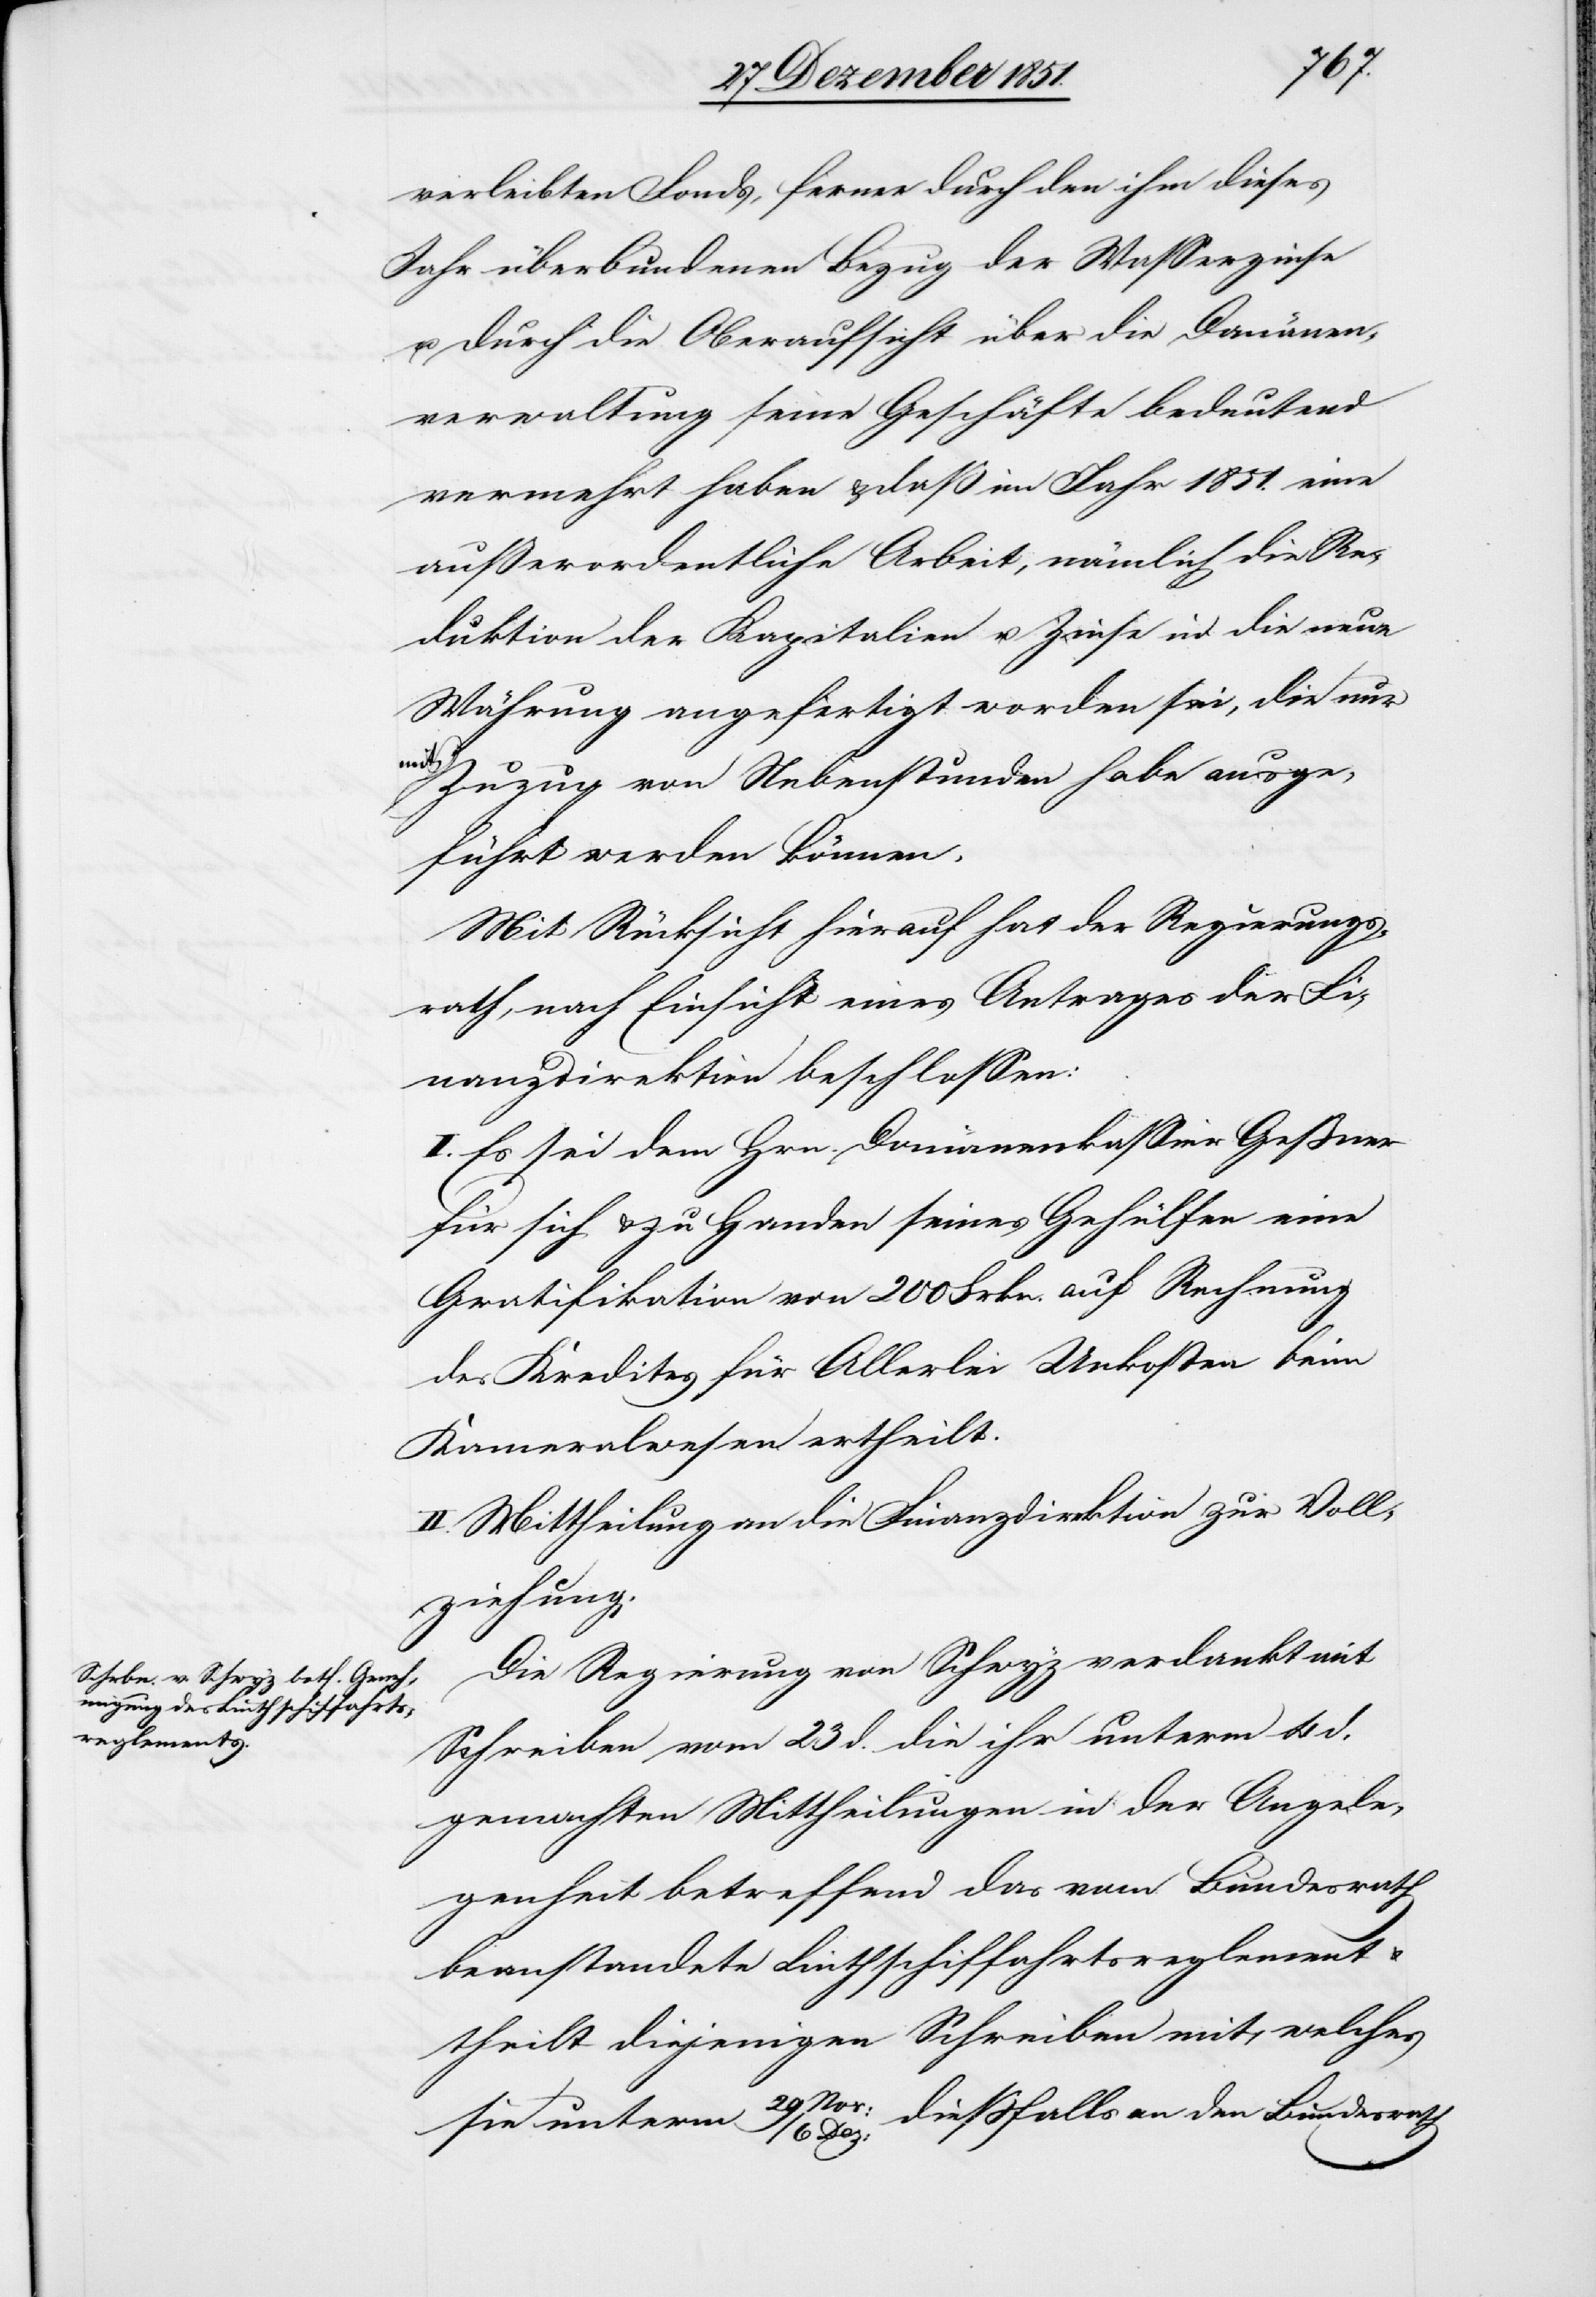
verleibten Fonds, ferner durch den ihm dieses
Jahr überbundenen Bezug der Wasserzinse
u. durch die Oberaufsicht über die Domänen¬
verwaltung seine Geschäfte bedeutend
vermehrt haben & daß im Jahr 1851. eine
außerordentliche Arbeit, nämlich die Re¬
duktion der Kapitalien u. Zinse in die neue
Währung angefertigt worden sei, die nur
[recte:
Zuzug von Nebenstunden habe ausge¬
führt werden können.
Mit Rücksicht hierauf hat der Regierungs¬
rath, nach Einsicht eines Antrages der Fi¬
nanzdirektion beschlossen:
I. Es sei dem Hrn. Domänenkassier Geßner
für sich & zu Handen seines Gehülfen eine
Gratifikation von 200 Frkn. auf Rechnung
des Kredites für Allerlei Unkosten beim
Kameralwesen ertheilt.
II. Mittheilung an die Finanzdirektion zur Voll¬
ziehung.
Die Regierung von Schwyz verdankt mit
Schreiben vom 23 d. die ihr unterm 4 d.
gemachten Mittheilungen in der Angele¬
genheit betreffend das vom Bundesrath
beanstandete Linthschiffahrtsreglement
theilt diejenigen Schreiben mit, welches
dießfalls an den Bundesrath
sie unterm 29 Nov:
6 Dez: